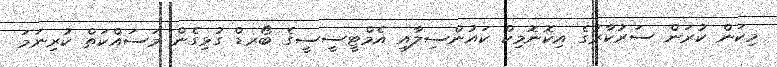
މިކަން ކުރަން ސަރުކާރުގެ އިކޮނޮމިކް ކައުންސިލާއި އެމްޓީސީސީގެ ބޯރޑް ގުޅިގެން މަސައްކަތް ކުރިނަމަ